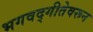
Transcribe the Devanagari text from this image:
भगवद्गीतेवरून